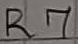
Text: R7